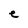
Character: e